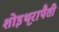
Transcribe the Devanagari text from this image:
शोइथ़्रापैती